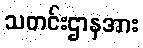
သတင်းဌာနအား